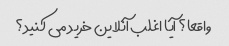
واقعا؟ آیا اغلب آنلاین خرید می کنید؟